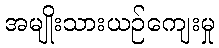
အမျိုးသားယဉ်ကျေးမှု